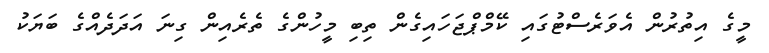
މީގެ އިތުރުން އެވަރެސްޓުގައި ކޭމްޕްޖަހައިގެން ތިބި މީހުންގެ ތެރެއިން ގިނަ އަދަދެއްގެ ބަޔަކު